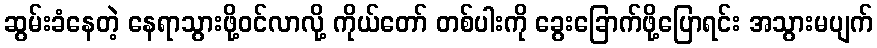
ဆွမ်းခံနေတဲ့ နေရာသွားဖို့ဝင်လာလို့ ကိုယ်တော် တစ်ပါးကို ခွေးခြောက်ဖို့ပြောရင်း အသွားမပျက်